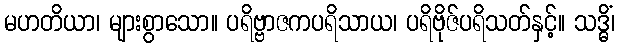
မဟတိယာ၊ များစွာသော။ ပရိဗ္ဗာဇကပရိသာယ၊ ပရိဗိုဇ်ပရိသတ်နှင့်။ သဒ္ဓိံ၊